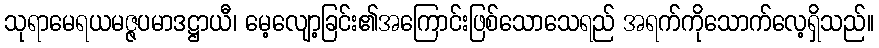
သုရာမေရယမဇ္ဇပမာဒဋ္ဌာယီ၊ မေ့လျော့ခြင်း၏အကြောင်းဖြစ်သောသေရည် အရက်ကိုသောက်လေ့ရှိသည်။